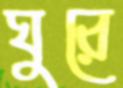
ঘুরে